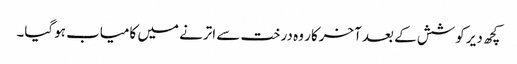
کچھ دیر کوشش کے بعد آخرکار وہ درخت سے اترنے میں کامیاب ہوگیا۔